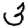
Digit: 3